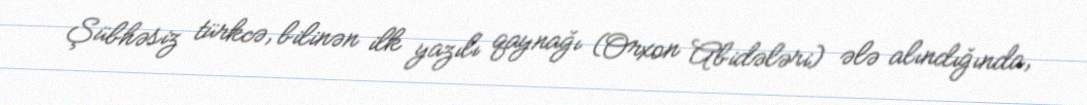
Şübhəsiz türkcə, bilinən ilk yazılı qaynağı (Orxon Abidələri) ələ alındığında,